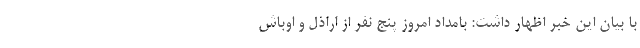
با بیان این خبر اظهار داشت: بامداد امروز پنج نفر از اراذل و اوباش